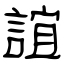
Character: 誼